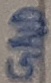
Text: GND